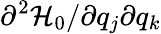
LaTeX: \partial^{2}\mathcal{H}_{0}/\partial q_{j}\partial q_{k}